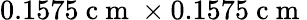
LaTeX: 0.1575\mathrm{~c~m~}\times 0.1575\mathrm{~c~m~}